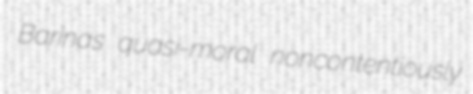
Barinas quasi-moral noncontentiously